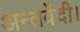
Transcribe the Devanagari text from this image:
अन्तर्वेदी।